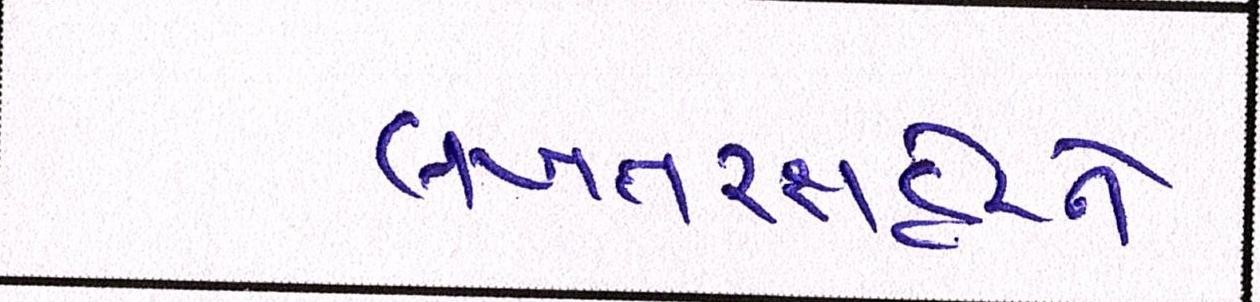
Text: લખતરશહેરને